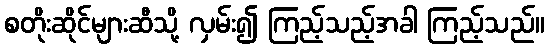
စတိုးဆိုင်များဆီသို့ လှမ်း၍ ကြည့်သည့်အခါ ကြည့်သည်။